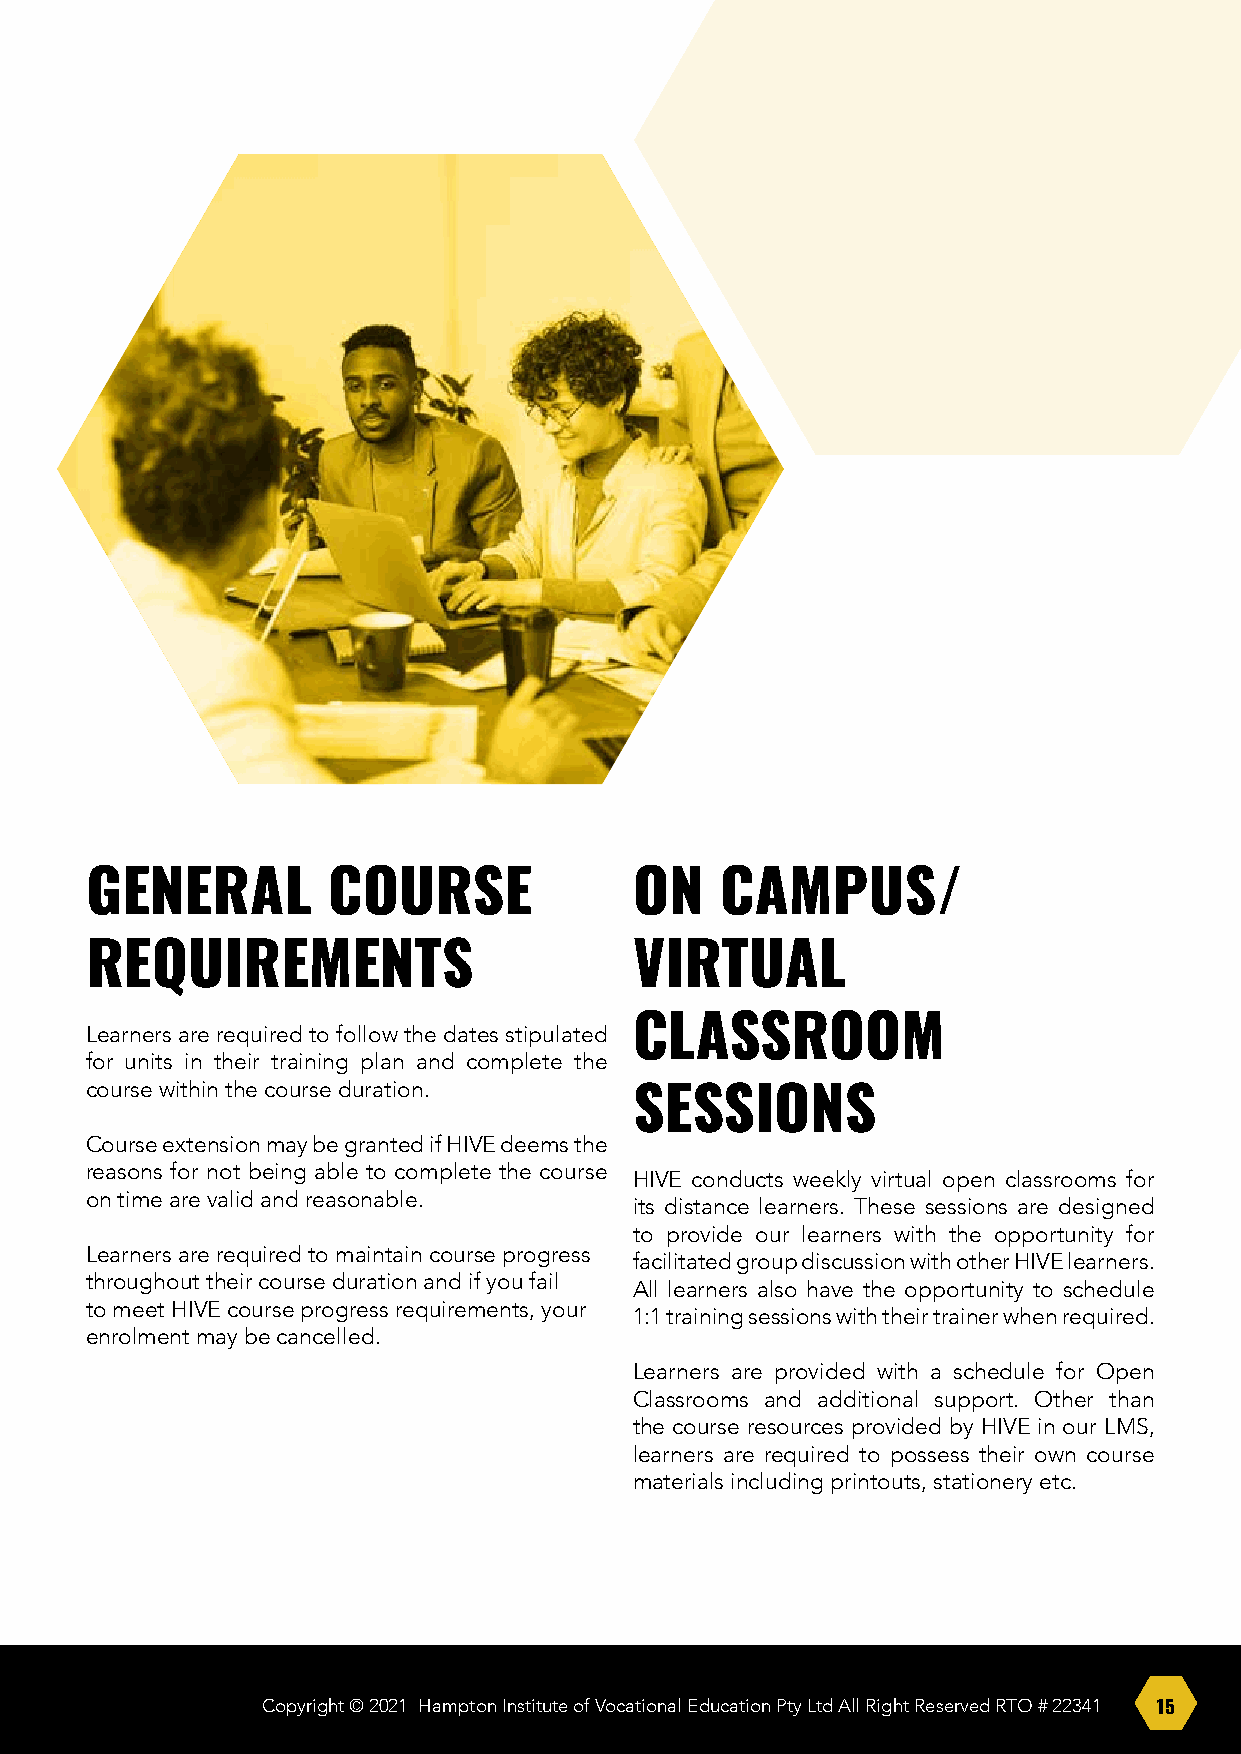
GENERAL         COURSE              ON    CAMPUS/
 REQUIREMENTS                        VIRTUAL
 Learners are required to follow the dates stipulated CLASSROOM
 for units in their training plan and complete the
 course within the course duration.
 SESSIONS
 Course extension may be granted if HIVE deems the
 reasons for not being able to complete the course
 HIVE conducts weekly virtual open classrooms for
 on time are valid and reasonable.
 its distance learners. These sessions are designed
 to provide our learners with the opportunity for
 Learners are required to maintain course progress
 facilitated group discussion with other HIVE learners.
 throughout their course duration and if you fail
 All learners also have the opportunity to schedule
 to meet HIVE course progress requirements, your
 1:1 training sessions with their trainer when required.
 enrolment may be cancelled.
 Learners are provided with a schedule for Open
 Classrooms and additional support. Other than
 the course resources provided by HIVE in our LMS,
 learners are required to possess their own course
 materials including printouts, stationery etc.
 Copyright © 2021 Hampton Institute of Vocational Education Pty Ltd All Right Reserved RTO # 22341 15